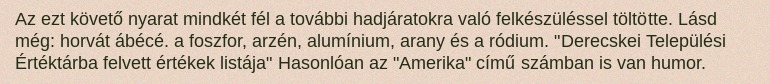
Az ezt követő nyarat mindkét fél a további hadjáratokra való felkészüléssel töltötte. Lásd még: horvát ábécé. a foszfor, arzén, alumínium, arany és a ródium. "Derecskei Települési Értéktárba felvett értékek listája" Hasonlóan az "Amerika" című számban is van humor.